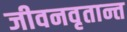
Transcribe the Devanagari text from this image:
जीवनवृतान्त